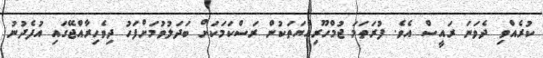
ކުރެއްވި ދެވަނަ ރައީސް އެވެ. ފުރަތަމަ ޖުމްހޫރިއްޔަތަކުން ރަސްކަމަކަށް ބަދަލުވުމަށްފަހު ދިވެހިރާއްޖޭގައި އުފެދުނު